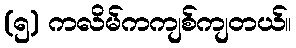
(၅) ကလိမ်ကကျစ်ကျတယ်။